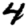
Digit: 4